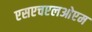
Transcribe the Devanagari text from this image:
एसएचएलओएम